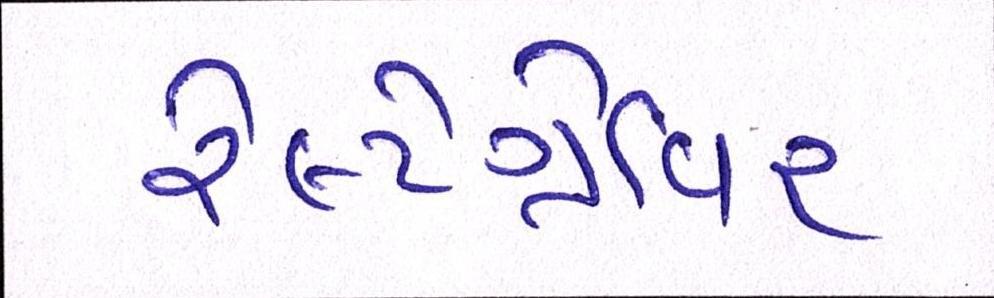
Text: રેલ્ટેગ્રેવિર